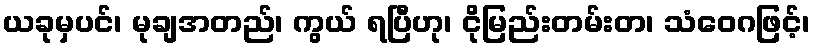
ယခုမှပင်၊ မုချအတည်၊ ကွယ် ရပြီဟု၊ ငိုမြည်းတမ်းတ၊ သံဝေဂဖြင့်၊